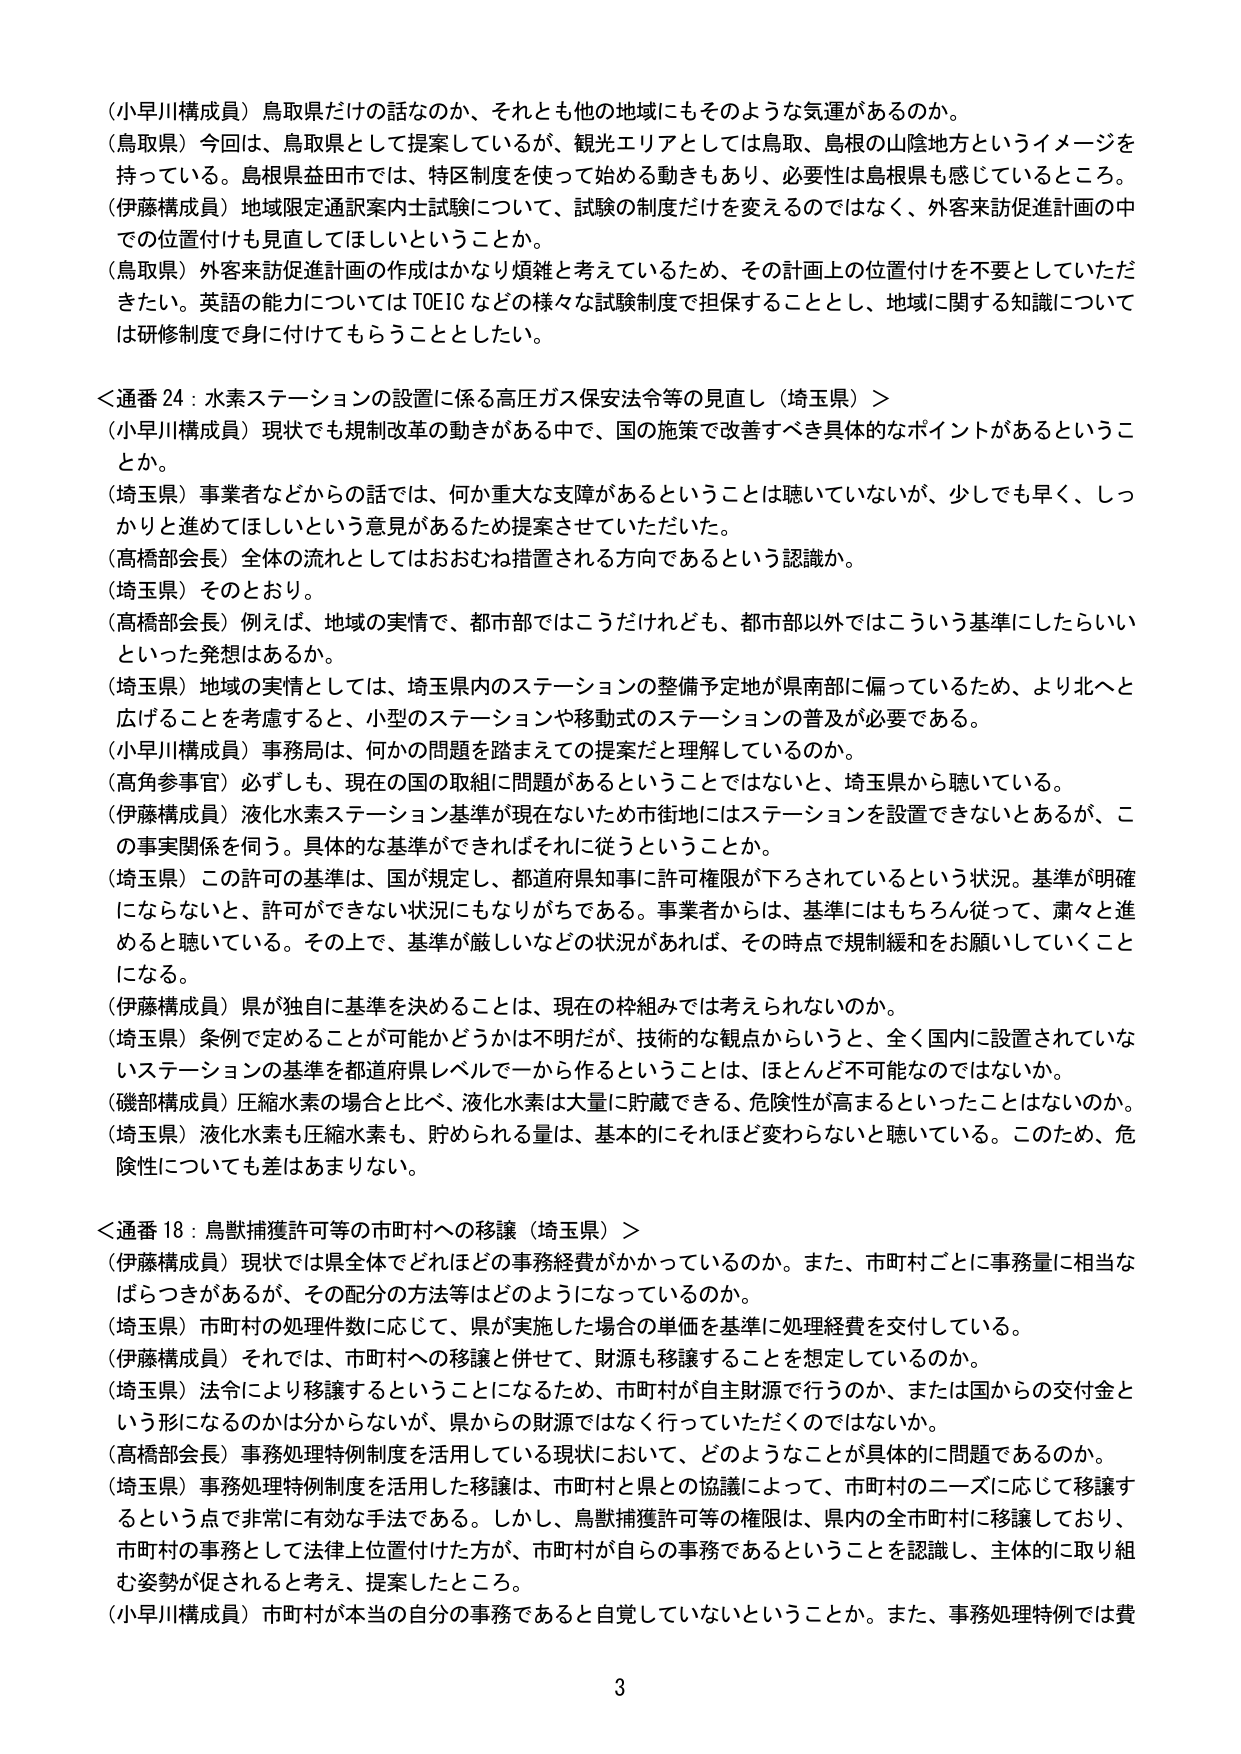
（小早川構成員）鳥取県だけの話なのか、それとも他の地域にもそのような気運があるのか。
（鳥取県）今回は、鳥取県として提案しているが、観光エリアとしては鳥取、島根の山陰地方というイメージを持っている。島根県益田市では、特区制度を使って始める動きもあり、必要性は島根県も感じているところ。
（伊藤構成員）地域限定通訳案内士試験について、試験の制度だけを変えるのではなく、外客来訪促進計画の中での位置付けも見直してほしいということか。
（鳥取県）外客来訪促進計画の作成はかなり煩雑と考えているため、その計画上の位置付けを不要としていただきたい。英語の能力については TOEIC などの様々な試験制度で担保することとし、地域に関する知識については研修制度で身に付けてもらうこととした。

＜通番 24：水素ステーションの設置に係る高圧ガス保安法令等の見直し（埼玉県）＞
（小早川構成員）現状でも規制改革の動きがある中で、国の施策で改善すべき具体的なポイントがあるということか。
（埼玉県）事業者などからの話では、何か重大な支障があるということは聴いていないが、少しでも早く、しっかりと進めてほしいという意見があるため提案させていただいた。
（高橋部会長）全体の流れとしてはおおむね措置される方向であるという認識か。
（埼玉県）そのとおり。
（高橋部会長）例えば、地域の実情で、都市部ではこうだけれども、都市部以外ではこういう基準にしたらいいといった発想はあるか。
（埼玉県）地域の実情としては、埼玉県内のステーションの整備予定地が県南部に偏っているため、より北へと広げることを考慮すると、小型のステーションや移動式のステーションの普及が必要である。
（小早川構成員）事務局は、何かの問題を踏まえての提案だと理解しているのか。
（高角参事官）必ずしも、現在の国の取組に問題があるということではないと、埼玉県から聴いている。
（伊藤構成員）液化水素ステーション基準が現在ないため市街地にはステーションを設置できないとあるが、この事実関係を伺う。具体的な基準ができればそれに従うということか。
（埼玉県）この許可の基準は、国が規定し、都道府県知事に許可権限が下ろされているという状況。基準が明確にならないと、許可ができない状況にもなりがちである。事業者からは、基準にはもちろん従って、粛々と進めると聴いている。その上で、基準が厳しいなどの状況があれば、その時点で規制緩和をお願いしていくことになる。
（伊藤構成員）県が独自に基準を決めることは、現在の枠組みでは考えられないのか。
（埼玉県）条例で定めることが可能かどうかは不明だが、技術的な観点からいうと、全く国内に設置されていないステーションの基準を都道府県レベルで一から作るということは、ほとんど不可能なのではないか。
（磯部構成員）圧縮水素の場合と比べ、液化水素は大量に貯蔵できる、危険性が高まるといったことはないのか。
（埼玉県）液化水素も圧縮水素も、貯められる量は、基本的にそれほど変わらないと聴いている。このため、危険性についても差はあまりない。

＜通番 18：鳥獣捕獲許可等の市町村への移譲（埼玉県）＞
（伊藤構成員）現状では県全体でどれほどの事務経費がかかっているのか。また、市町村ごとに事務量に相当なばらつきがあるが、その配分の方法等はどのようになっているのか。
（埼玉県）市町村の処理件数に応じて、県が実施した場合の単価を基準に処理経費を交付している。
（伊藤構成員）それでは、市町村への移譲と併せて、財源も移譲することを想定しているのか。
（埼玉県）法令により移譲するということになるため、市町村が自主財源で行うのか、または国からの交付金という形になるのかは分からないが、県からの財源ではなく行っていただくのではないか。
（高橋部会長）事務処理特例制度を活用している現状において、どのようなことが具体的に問題であるのか。
（埼玉県）事務処理特例制度を活用した移譲は、市町村と県との協議によって、市町村のニーズに応じて移譲するという点で非常に有効な手法である。しかし、鳥獣捕獲許可等の権限は、県内の全市町村に移譲しており、市町村の事務として法律上位置付けた方が、市町村が自らの事務であるということを認識し、主体的に取り組む姿勢が促されると考え、提案したところ。
（小早川構成員）市町村が本当の自分の事務であると自覚していないということか。また、事務処理特例では費

3